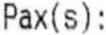
PAX(S):